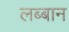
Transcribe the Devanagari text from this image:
लब्बान